Scottish Leaving Certificate Examination, 1958
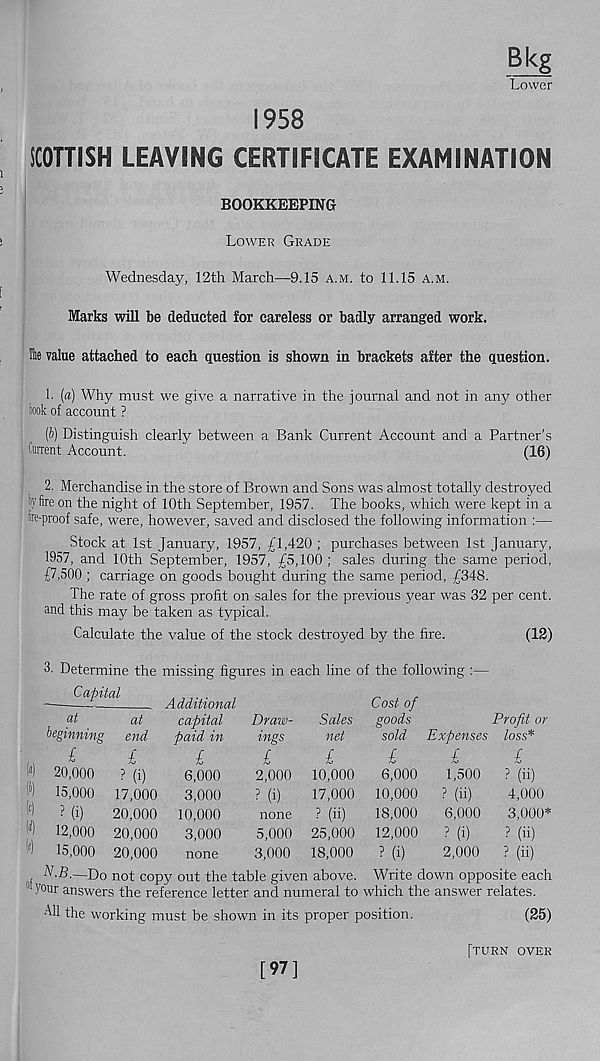
Bkg
Lower
1958
SCOTTISH LEAVING CERTIFICATE EXAMINATION
BOOKKEEPING
Lower Grade
Wednesday, 12th March—9.15 a.m. to 11.15 a.m.
Marks will be deducted for careless or badly arranged work.
Hie value attached to each question is shown in brackets after the question.
1. (a) Why must we give a narrative in the journal and not in any other
took of account ?
(b) Distinguish clearly between a Bank Current Account and a Partner’s
Current Account.
'
(16)
2. Merchandise in the store of Brown and Sons was almost totally destroyed
tyfire on the night of 10th September, 1957. The books, which were kept in a
fc-proof safe, were, however, saved and disclosed the following information :—
Stock at 1st January, 1957, £1,420 ; purchases between 1st January,
1957, and 10th September, 1957, £5,100 ; sales during the same period,
£7,500 ; carriage on goods bought during the same period, £348.
The rate of gross profit on sales for the previous jrear was 32 per cent,
and this may be taken as typical.
Calculate the value of the stock destroyed by the fire.
(12)
3. Determine the missing figures in each line of the following :—
Capital
/I (AULbiUniM
Draw-
ings
£
2,000
? m
at
beginning
£
20,000
15,000
Ml)
12,000
15,000
at
end
£
? (i)
17,000
20,000
20,000
20,000
Additional
capital
paid in
L
6,000
3,000
10,000
3,000
none
none
5,000
3,000
Sales
net
£
10,000
17,000
? (ii)
25,000
18,000
Cost of
goods
sold
£
6,000
10,000
18,000
12,000
? (i)
Profit or
Expenses loss*
£
1,500
? (li)
6,000
? (i)
2,000
£
? (ii)
4,000
3,000*
p
?
(u)
(ii)
A r .B.—Do not copy out the table given above. Write down opposite each
Your answers the reference letter and numeral to which the answer relates.
All the working must be shown in its proper position.
(25)
[97]
[turn over